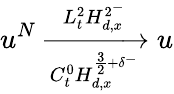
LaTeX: u^{N}\xrightarrow[C_{t}^{0}H_{d,x}^{\frac{3}{2}+\delta^{-}}]{L_{t}^{2}H_{d,x}^{2^{-}}}u